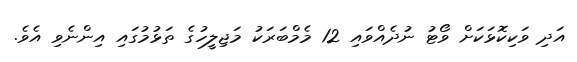
އަދި ވަކިކޮޅަކަށް ވޯޓު ނުދެއްވައި 12 މެމްބަރަކު މަޖިލީހުގެ ތަޅުމުގައި އިންނެވި އެވެ.